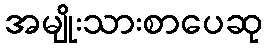
အမျိုးသားစာပေဆု